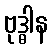
ဗုဒ္ဓါန